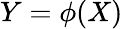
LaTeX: Y=\phi(X)